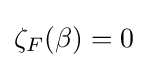
{\textstyle \zeta _{F}(\beta )=0}